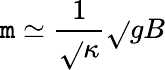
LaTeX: \mathtt{m}\simeq\frac{{1}}{{\sqrt{}{{\kappa}}}}\sqrt{}{{gB}}